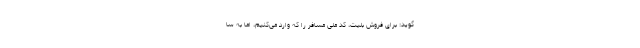
‌گوید: برای فروش بلیت، کد ملی مسافر را که وارد می‌کنیم، اما به سا